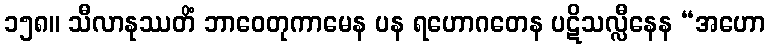
၁၅၈။ သီလာနုဿတိံ ဘာဝေတုကာမေန ပန ရဟောဂတေန ပဋိသလ္လီနေန “အဟော